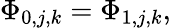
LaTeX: \Phi_{0,j,k}=\Phi_{1,j,k},